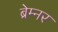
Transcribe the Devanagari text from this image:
ब्रेम्नर